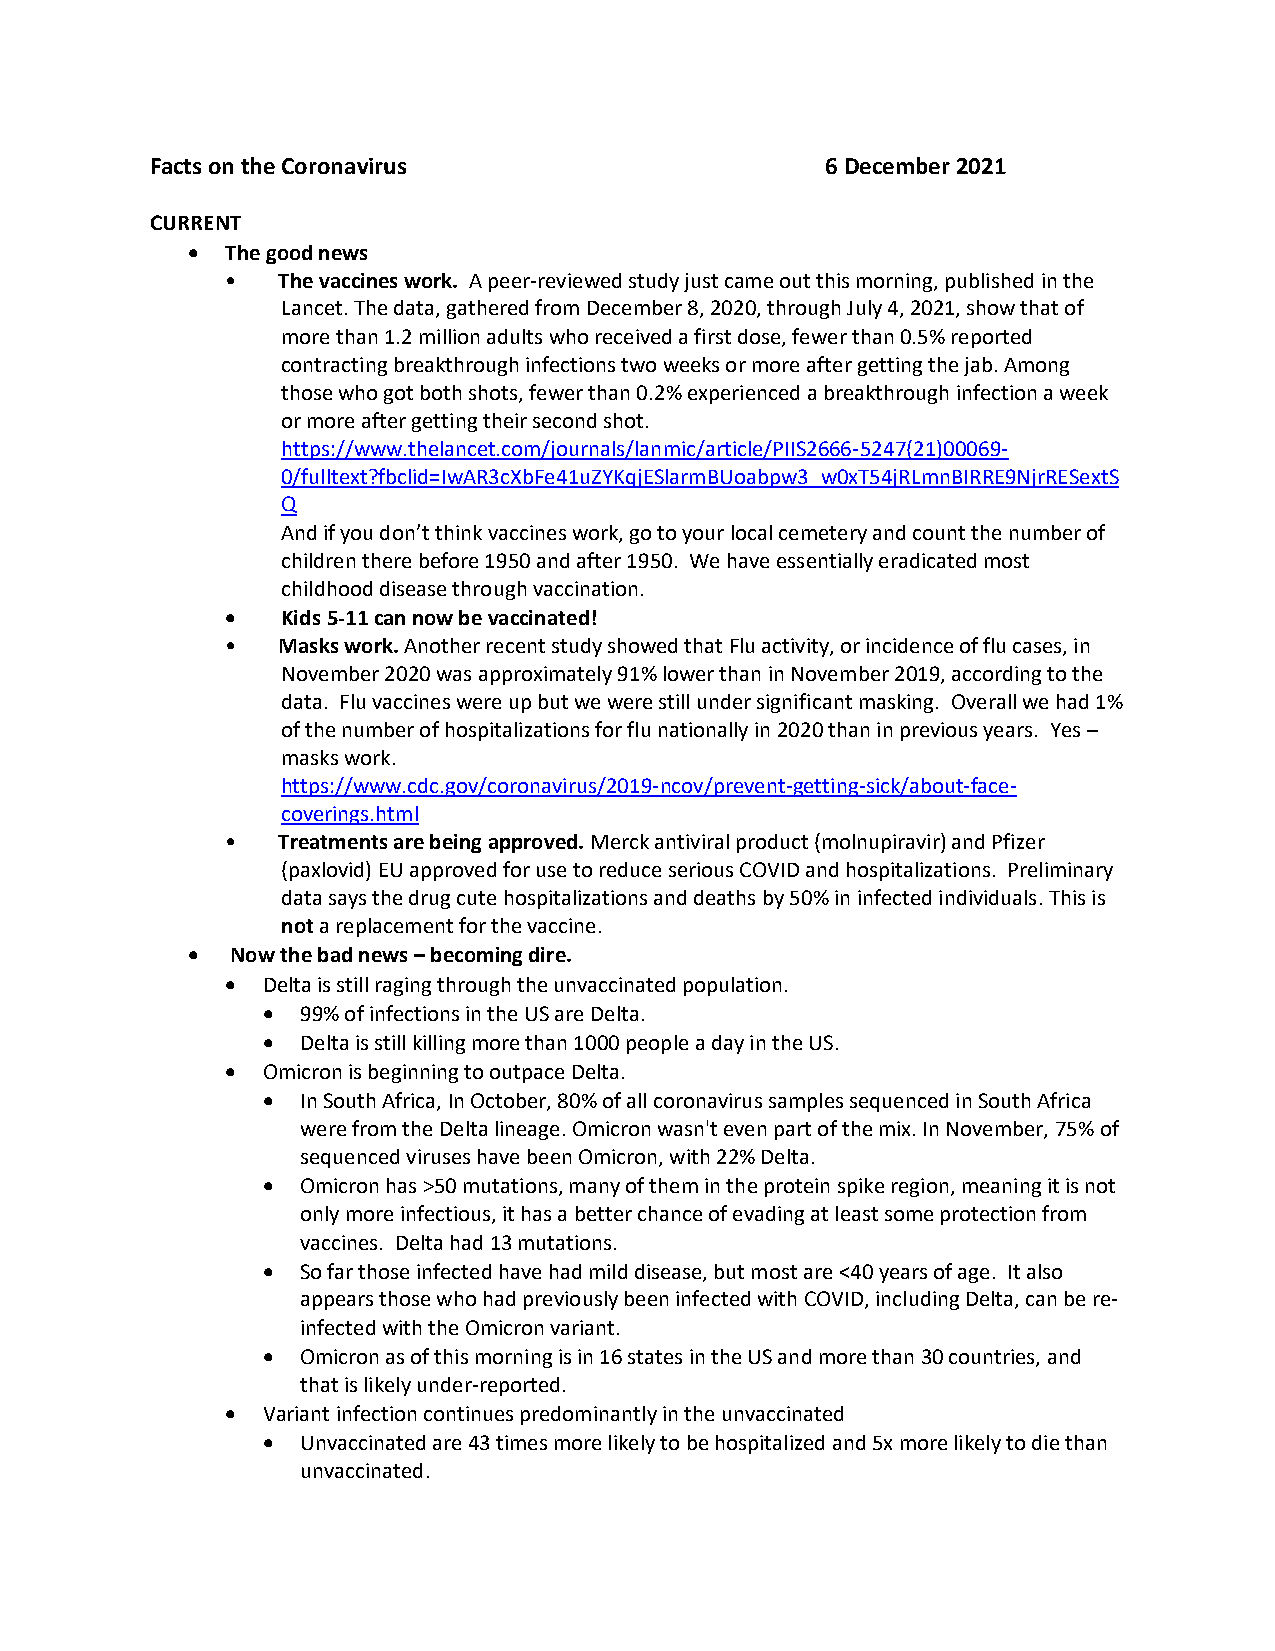
Facts on the Coronavirus                     6 December 2021
 CURRENT
 •  The good news
 •  The vaccines work. A peer-reviewed study just came out this morning, published in the
 Lancet. The data, gathered from December 8, 2020, through July 4, 2021, show that of
 more than 1.2 million adults who received a first dose, fewer than 0.5% reported
 contracting breakthrough infections two weeks or more after getting the jab. Among
 those who got both shots, fewer than 0.2% experienced a breakthrough infection a week
 or more after getting their second shot.
 https://www.thelancet.com/journals/lanmic/article/PIIS2666-5247(21)00069-
 0/fulltext?fbclid=IwAR3cXbFe41uZYKqjESlarmBUoabpw3_w0xT54jRLmnBIRRE9NjrRESextS
 Q
 And if you don’t think vaccines work, go to your local cemetery and count the number of
 children there before 1950 and after 1950. We have essentially eradicated most
 childhood disease through vaccination.
 •   Kids 5-11 can now be vaccinated!
 •  Masks work. Another recent study showed that Flu activity, or incidence of flu cases, in
 November 2020 was approximately 91% lower than in November 2019, according to the
 data. Flu vaccines were up but we were still under significant masking. Overall we had 1%
 of the number of hospitalizations for flu nationally in 2020 than in previous years. Yes –
 masks work.
 https://www.cdc.gov/coronavirus/2019-ncov/prevent-getting-sick/about-face-
 coverings.html
 •  Treatments are being approved. Merck antiviral product (molnupiravir) and Pfizer
 (paxlovid) EU approved for use to reduce serious COVID and hospitalizations. Preliminary
 data says the drug cute hospitalizations and deaths by 50% in infected individuals. This is
 not a replacement for the vaccine.
 •  Now the bad news – becoming dire.
 • Delta is still raging through the unvaccinated population.
 •  99% of infections in the US are Delta.
 •  Delta is still killing more than 1000 people a day in the US.
 • Omicron is beginning to outpace Delta.
 •  In South Africa, In October, 80% of all coronavirus samples sequenced in South Africa
 were from the Delta lineage. Omicron wasn't even part of the mix. In November, 75% of
 sequenced viruses have been Omicron, with 22% Delta.
 •  Omicron has >50 mutations, many of them in the protein spike region, meaning it is not
 only more infectious, it has a better chance of evading at least some protection from
 vaccines. Delta had 13 mutations.
 •  So far those infected have had mild disease, but most are <40 years of age. It also
 appears those who had previously been infected with COVID, including Delta, can be re-
 infected with the Omicron variant.
 •  Omicron as of this morning is in 16 states in the US and more than 30 countries, and
 that is likely under-reported.
 • Variant infection continues predominantly in the unvaccinated
 •  Unvaccinated are 43 times more likely to be hospitalized and 5x more likely to die than
 unvaccinated.